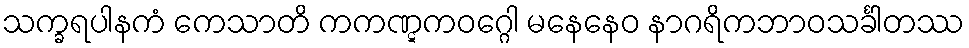
သက္ခရပါနကံ ကေသာတိ ကကဏ္ဋကဝဂ္ဂေါ မနေနေဝ နာဂရိကဘာဝသင်္ခါတဿ